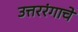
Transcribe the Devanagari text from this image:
उत्तररंगाचे